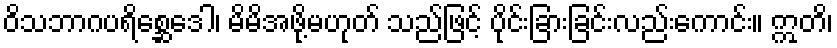
ဝိသဘာဂပရိစ္ဆေဒေါ၊ မိမိအဖို့မဟုတ် သည်ဖြင့် ပိုင်းခြားခြင်းလည်းကောင်း။ ဣတိ၊